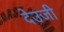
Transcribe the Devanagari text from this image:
देउजी